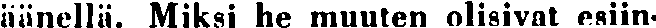
äänellä. Miksi he muuten olisivat esiin-